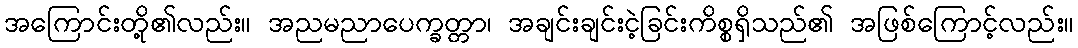
အကြောင်းတို့၏လည်း။ အညမညာပေက္ခတ္တာ၊ အချင်းချင်းငဲ့ခြင်းကိစ္စရှိသည်၏ အဖြစ်ကြောင့်လည်း။